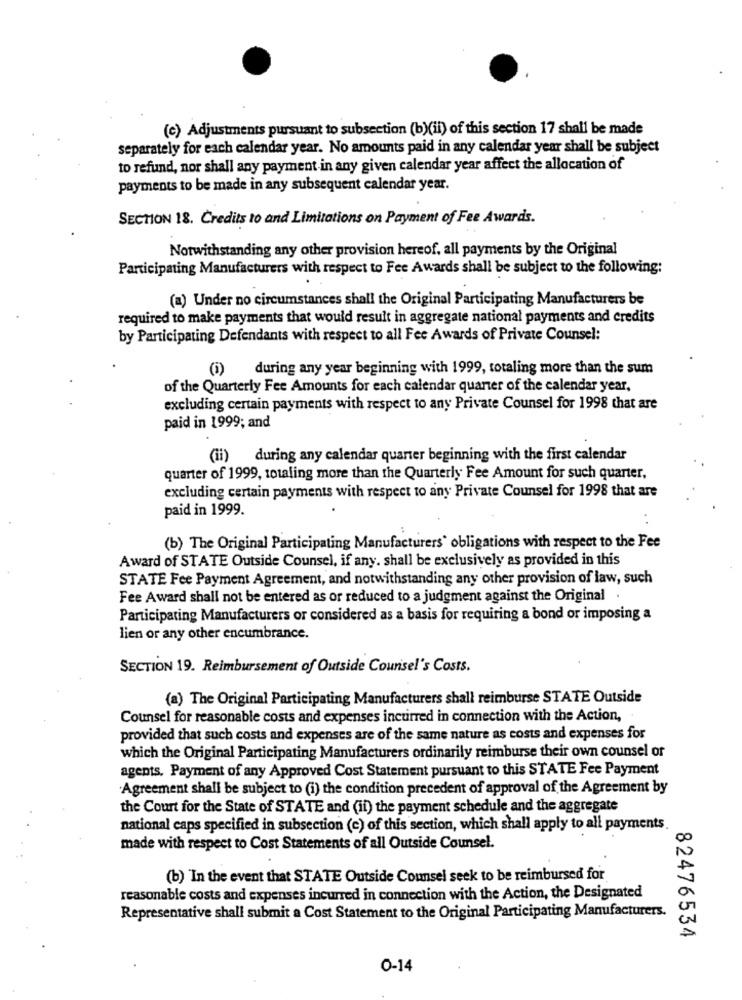
(c) Adjustments pursuant to subsection (b)(il) of this section 17 shall be made
separately for each calendar year. No amounts paid in any calendar year shall be subject
to refund, nor shall any payment in any given calendar year affect the allocation of
payments to be made in any subsequent calendar year.
SECTION 18. Credits to and Limitations on Payment of Fee Awards.
Notwithstanding any other provision hereof, all payments by the Original
Participating Manufacturers with respect to Fee Awards shall be subject to the following:
(a) Under no circumstances shall the Original Participating Manufacturers be
required to make payments that would result in aggregate national payments and credits
by Participating Defendants with respect to all Fee Awards of Private Counsel:
(i) during any year beginning with 1999, totaling more than the sum
of the Quarterly Fee Amounts for each calendar quarter of the calendar year,
excluding certain payments with respect to any Private Counsel for 1998 that are
paid in 1999; and
(ii) during any calendar quarter beginning with the first calendar
quarter of 1999, totaling more than the Quarterly Fee Amount for such quarter,
excluding certain payments with respect to any Private Counsel for 1998 that are
paid in 1999.
(b) The Original Participating Manufacturers' obligations with respect to the Fee
Award of STATE Outside Counsel, if any, shall be exclusively as provided in this
STATE Fee Payment Agreement, and notwithstanding any other provision of law, such
Fee Award shall not be entered as or reduced to a judgment against the Original .
Participating Manufacturers or considered as a basis for requiring a bond or imposing a
lien or any other encumbrance.
SECTION 19. Reimbursement of Outside Counsel's Costs.
(a) The Original Participating Manufacturers shall reimburse STATE Outside
Counsel for reasonable costs and expenses incurred in connection with the Action,
provided that such costs and expenses are of the same nature as costs and expenses for
which the Original Participating Manufacturers ordinarily reimburse their own counsel or
agents. Payment of any Approved Cost Statement pursuant to this STATE Fee Payment
Agreement shall be subject to (i) the condition precedent of approval of the Agreement by
the Court for the State of STATE and (il) the payment schedule and the aggregate
national caps specified in subsection (c) of this section, which shall apply to all payments
made with respect to Cost Statements of all Outside Counsel.
(b) In the event that STATE Outside Counsel seek to be reimbursed for
reasonable costs and expenses incurred in connection with the Action, the Designated
Representative shall submit a Cost Statement to the Original Participating Manufacturers.
82476534
0-14